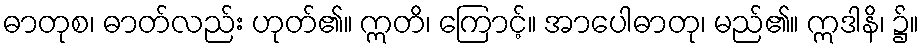
ဓာတုစ၊ ဓာတ်လည်း ဟုတ်၏။ ဣတိ၊ ကြောင့်။ အာပေါဓာတု၊ မည်၏။ ဣဒါနိ၊ ၌။